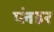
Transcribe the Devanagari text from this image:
प्लंडर